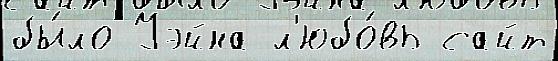
бы́ло Уэйна л'юбо́вь сайт